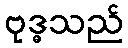
ဗုဒ္ဓသည်